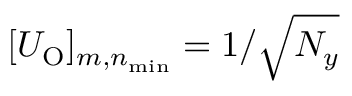
[ U _ { \mathrm { O } } ] _ { m , n _ { \mathrm { m i n } } } = 1 / \sqrt { N _ { y } }